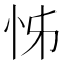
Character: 𭜖